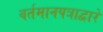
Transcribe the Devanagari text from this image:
वर्तमानपत्राद्वारे